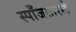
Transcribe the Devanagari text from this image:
स्पाँजसारखे